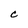
Character: C